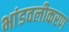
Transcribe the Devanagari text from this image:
भांडवलीकरण